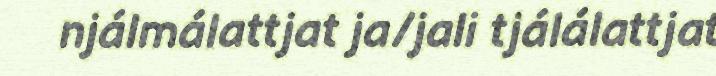
njálmálattjat ja/jali tjálálattjat